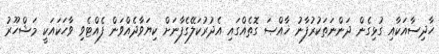
ހާދިސާއަކާއި ގުޅިގެން ދަންނަތަކުރުފާނު ޚާއްޞަ ގޮތެއްގައި އެދުރުކަލޭގެފާނަށް ކިޔަވާދެއްވަން ފެއްޓެވި ވާހަކައަކީ މަޝްހޫރު